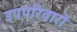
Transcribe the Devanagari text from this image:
उपपरिवारों